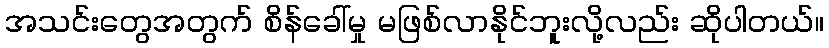
အသင်းတွေအတွက် စိန်ခေါ်မှု မဖြစ်လာနိုင်ဘူးလို့လည်း ဆိုပါတယ်။